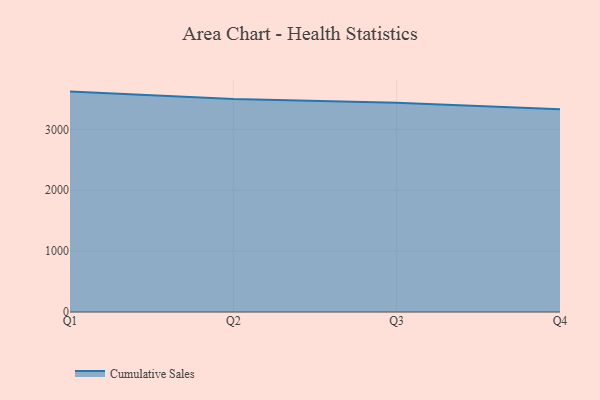
{"axis": {"x": "Quarter", "y": "Latency (ms)"}, "legend": ["Cumulative Sales"], "data": [{"x": "Q1", "y": 3619.2, "type": "Cumulative Sales"}, {"x": "Q2", "y": 3496.3, "type": "Cumulative Sales"}, {"x": "Q3", "y": 3436.7, "type": "Cumulative Sales"}, {"x": "Q4", "y": 3331.4, "type": "Cumulative Sales"}]}